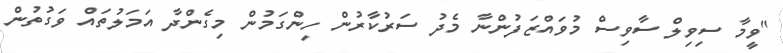
"ވީމާ ސިވިލް ސާވިސް މުވައްޒަފުންނާ މެދު ސަރުކާރުން ހިންގަމުން މިގެންދާ އަމަލުތައް ވަގުތުން